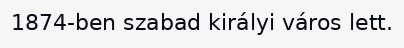
1874-ben szabad királyi város lett.